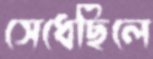
সেধেছিলে